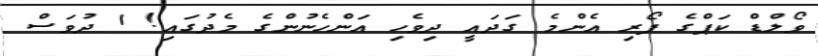
ވޯލްޑް ކަޕްގެ ފޯރި އެންމެ ގަދައީ ދިވެހި އަންހެނުންގެ މެދުގައި! 1 ދުވަސް